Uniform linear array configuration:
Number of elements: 48
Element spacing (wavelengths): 0.5
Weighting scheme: blackman
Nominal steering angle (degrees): -15
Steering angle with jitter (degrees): -16.102
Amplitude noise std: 0.05
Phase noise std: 0.05

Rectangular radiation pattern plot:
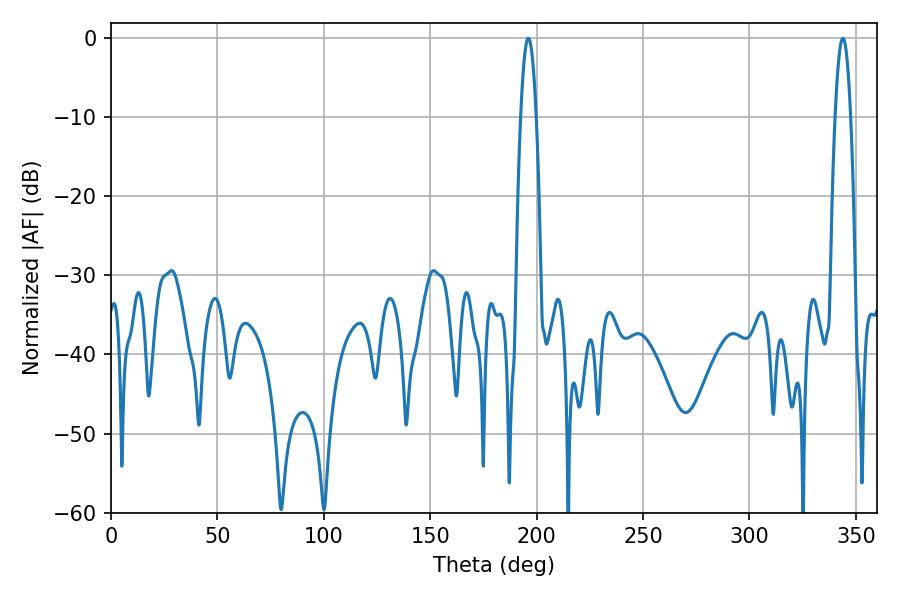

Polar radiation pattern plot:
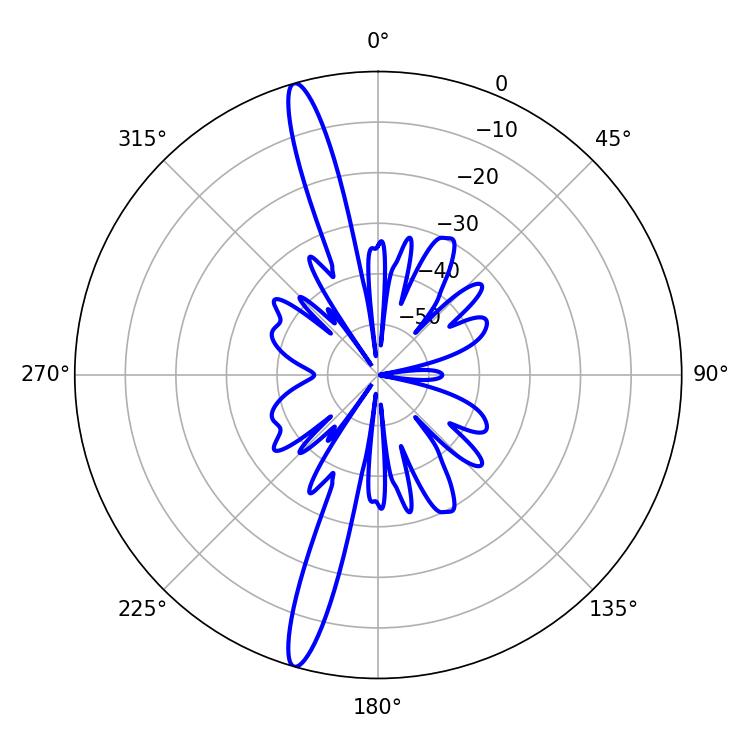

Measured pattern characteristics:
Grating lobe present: FALSE
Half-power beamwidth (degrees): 4.14
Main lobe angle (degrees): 196.02